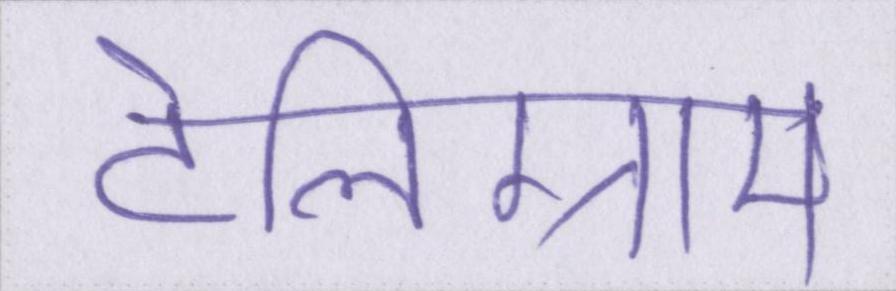
टेलिग्राम